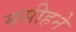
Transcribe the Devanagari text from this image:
मसीहने